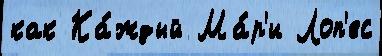
как Ка́ждый Ма́р'и Лоп'ес